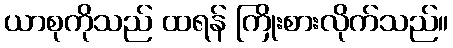
ယာစုကိုသည် ထရန် ကြိုးစားလိုက်သည်။